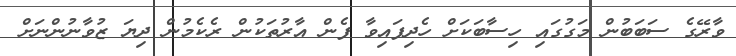
ވާރޭގެ ސަބަބުން މަގުގައި ހިސާބަކަށް ހެދިފައިވާ ފެން އާރުތަކުން ރެކެމުން ދިޔަ ޒުވާނުންނަށް